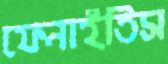
ফেনাইতিস